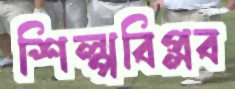
শিল্পবিপ্লব